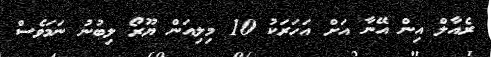
ރެއާލް އިން އޭނާ އަށް އަހަރަކު 10 މިލިއަން ޔޫރޯ ލިބުނު ނަމަވެސް